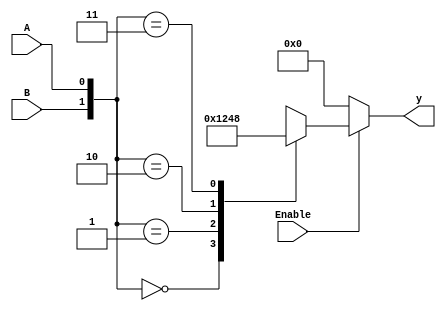

// 2 to 4 decoder with an Enable (2 to 4 gated decoder)
// 2 inputs will decoded into 1, 2, 3, 4
// decoder is not suppose to decode anything when the gate is OFF 

module Two2FourGatedDecoder (
									  input A, B, Enable, // B is the most significant bit, A is the least significant bit and Enable is the gate of decoder
									  output reg [3:0] y  // it is the output of the decoder
								    );
								
		always @ ( Enable, A, B)
			
			if (Enable == 1'b0) y = 4'b0000; // outputs all zeros if it is not enabled  
			else
				case({B,A})
					
					2'b00 : y = 4'b0001;
					2'b01 : y = 4'b0010;
					2'b10 : y = 4'b0100;
					2'b11 : y = 4'b1000;
				endcase
endmodule